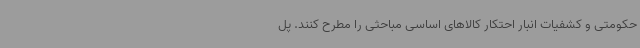
حکومتی و کشفیات انبار احتکار کالاهای اساسی مباحثی را مطرح کنند. پل